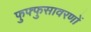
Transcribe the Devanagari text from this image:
फुफ्फुसावरणों